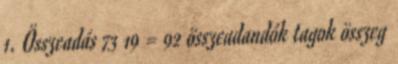
1. Összeadás 73 19 = 92 összeadandók tagok összeg